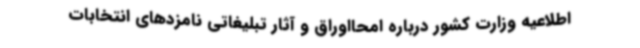
اطلاعیه وزارت کشور درباره امحااوراق و آثار تبلیغاتی نامزدهای انتخابات